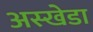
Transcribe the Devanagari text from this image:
अस्खेडा